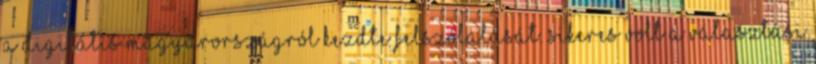
a digitális Magyarországról kezdte felszólalását. Sikeres volt a választási